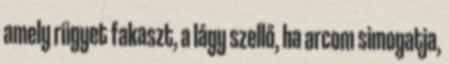
amely rügyet fakaszt, a lágy szellő, ha arcom simogatja,